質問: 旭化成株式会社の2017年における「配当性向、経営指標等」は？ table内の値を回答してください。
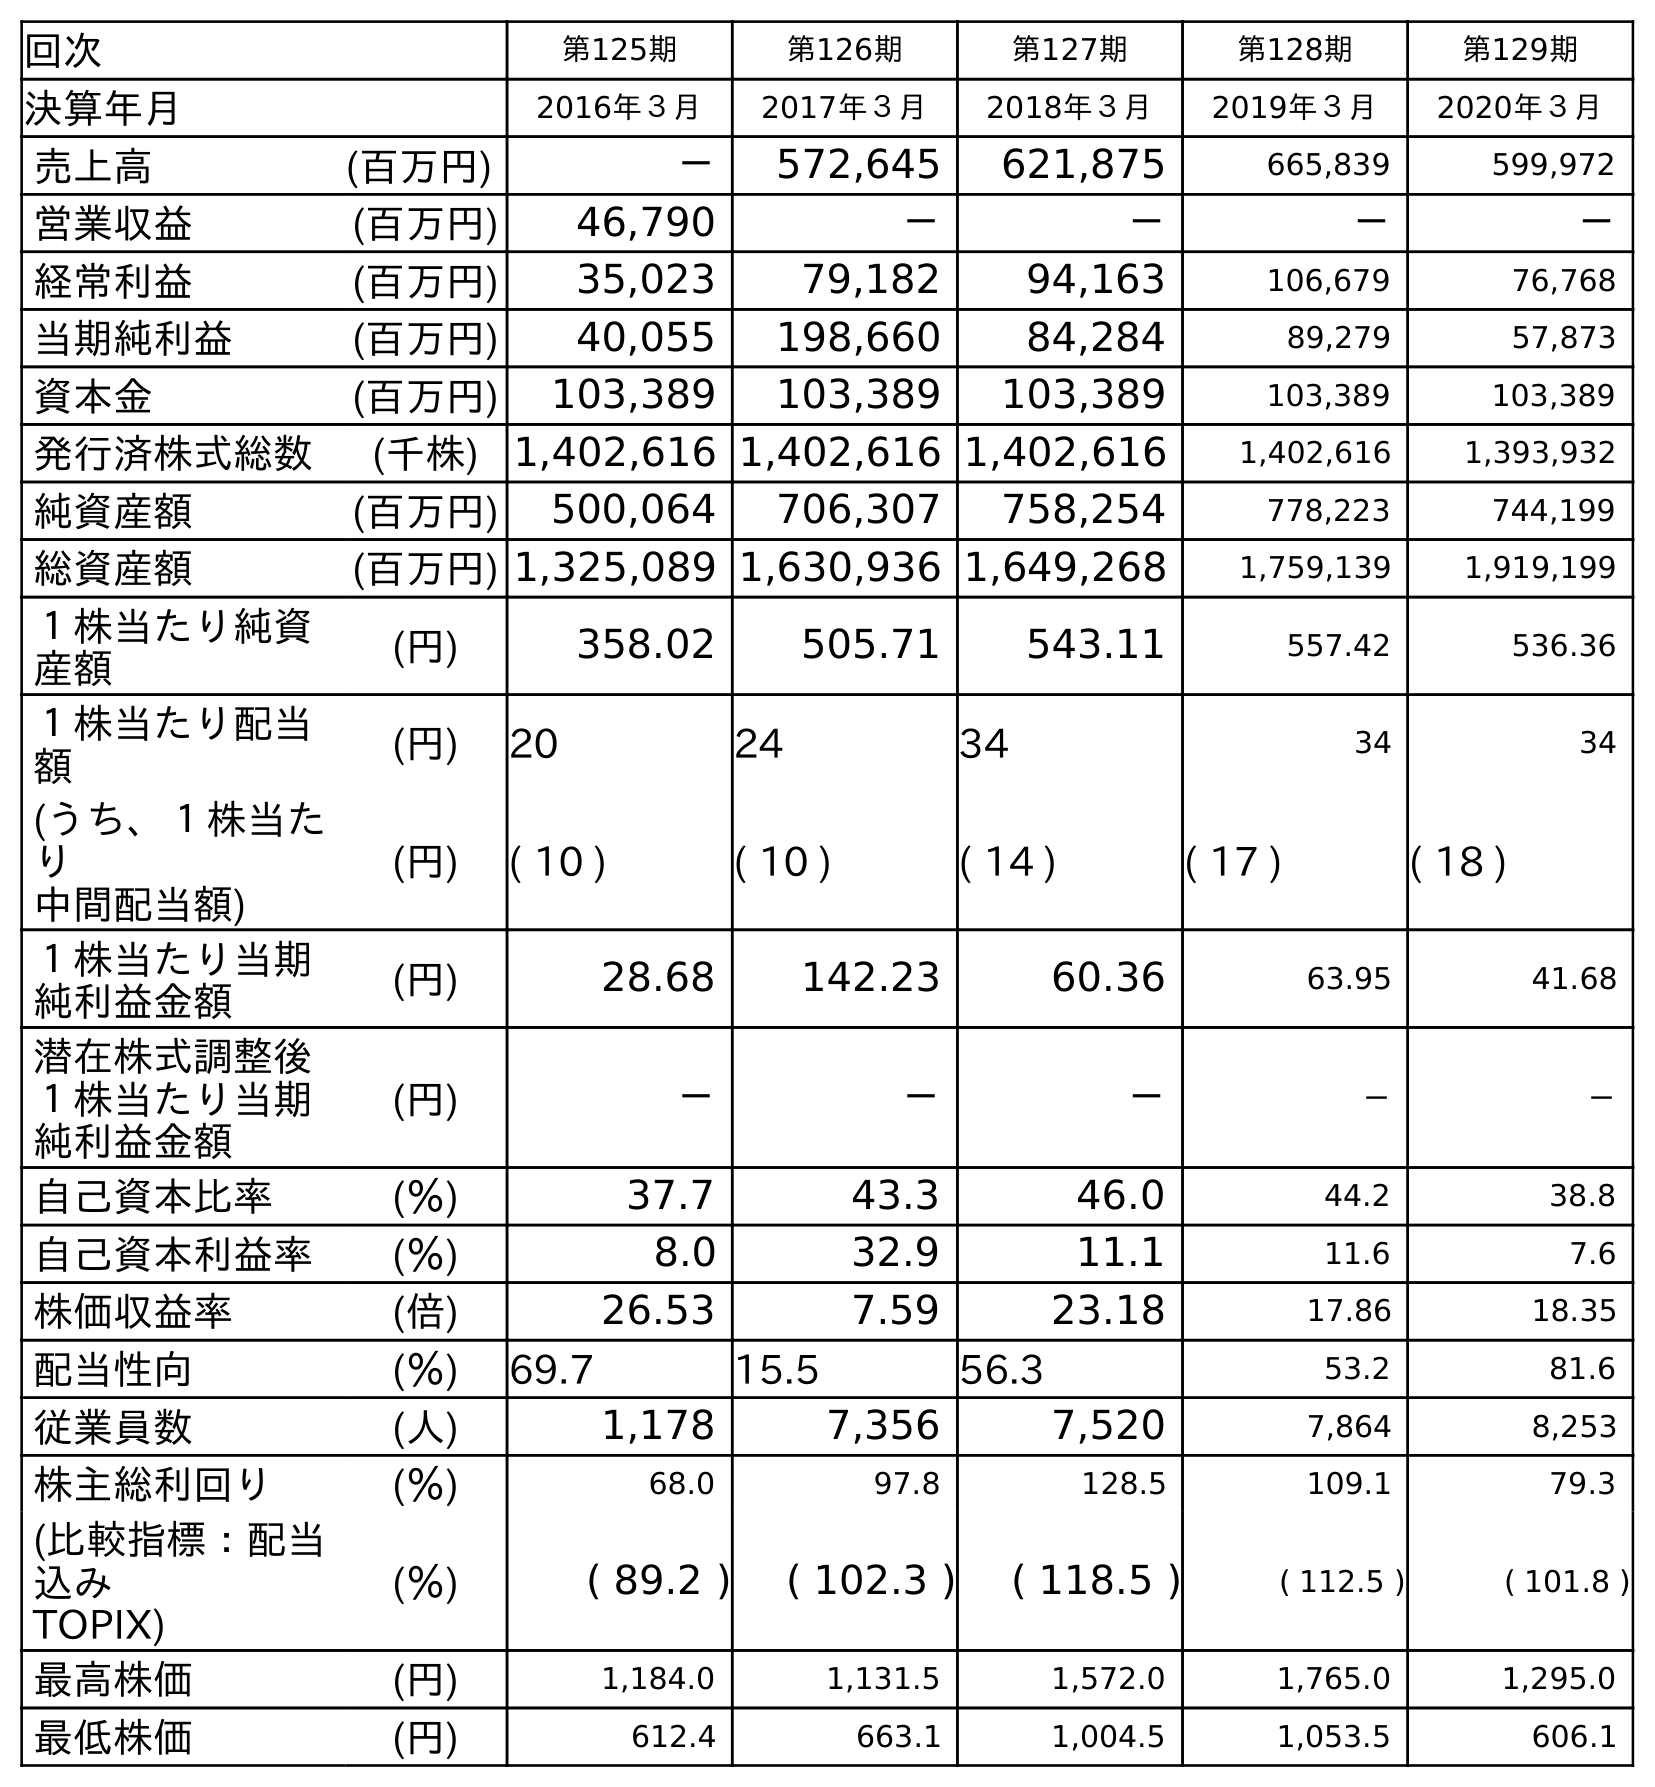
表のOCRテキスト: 回次 第125期 第126期 第127期 第128期 第129期 決算年月 2016年３月 2017年３月 2018年３月 2019年３月 2020年３月 売上高 (百万円) － 572,645 621,875 665,839 599,972 営業収益 (百万円) 46,790 － － － － 経常利益 (百万円) 35,023 79,182 94,163 106,679 76,768 当期純利益 (百万円) 40,055 198,660 84,284 89,279 57,873 資本金 (百万円) 103,389 103,389 103,389 103,389 103,389 発行済株式総数 (千株) 1,402,616 1,402,616 1,402,616 1,402,616 1,393,932 純資産額 (百万円) 500,064 706,307 758,254 778,223 744,199 総資産額 (百万円) 1,325,089 1,630,936 1,649,268 1,759,139 1,919,199 １株当たり純資 産額 (円) 358.02 505.71 543.11 557.42 536.36 １株当たり配当 額 (円) 20 24 34 34 34 (うち、１株当た り 中間配当額) (円) ( 10 ) ( 10 ) ( 14 ) ( 17 ) ( 18 ) １株当たり当期 純利益金額 (円) 28.68 142.23 60.36 63.95 41.68 潜在株式調整後 １株当たり当期 純利益金額 (円) － － － － － 自己資本比率 (％) 37.7 43.3 46.0 44.2 38.8 自己資本利益率 (％) 8.0 32.9 11.1 11.6 7.6 株価収益率 (倍) 26.53 7.59 23.18 17.86 18.35 配当性向 (％) 69.7 15.5 56.3 53.2 81.6 従業員数 (人) 1,178 7,356 7,520 7,864 8,253 株主総利回り (％) 68.0 97.8 128.5 109.1 79.3 (比較指標：配当 込み TOPIX) (％) ( 89.2 ) ( 102.3 ) ( 118.5 ) ( 112.5 ) ( 101.8 ) 最高株価 (円) 1,184.0 1,131.5 1,572.0 1,765.0 1,295.0 最低株価 (円) 612.4 663.1 1,004.5 1,053.5 606.1
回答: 15.5